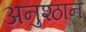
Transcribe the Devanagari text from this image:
अनुश्ठान